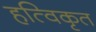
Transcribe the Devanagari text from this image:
हत्विकृत